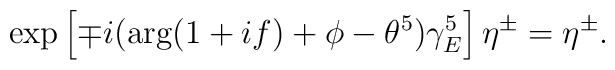
\exp\left[\mp i(\arg(1+if)+\phi-\theta^5)\gamma_E^5\right]\eta^\pm=\eta^\pm.